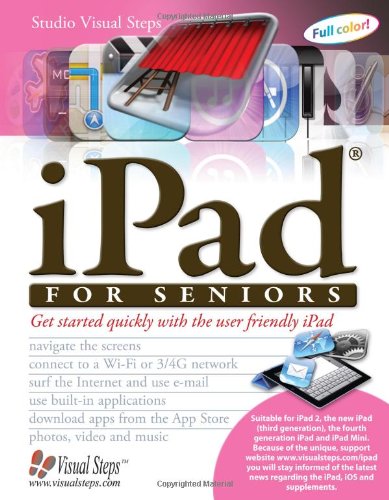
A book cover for iPad for Seniors: Get Started Quickly with the User Friendly iPad (Computer Books for Seniors series); Studio Visual Steps; Computers & Technology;